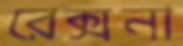
রেক্সনা